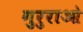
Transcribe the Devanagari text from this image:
गुरुराओ